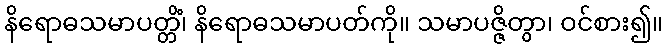
နိရောဓသမာပတ္တိံ၊ နိရောဓသမာပတ်ကို။ သမာပဇ္ဇိတွာ၊ ဝင်စား၍။